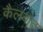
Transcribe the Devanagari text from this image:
कैलबौट